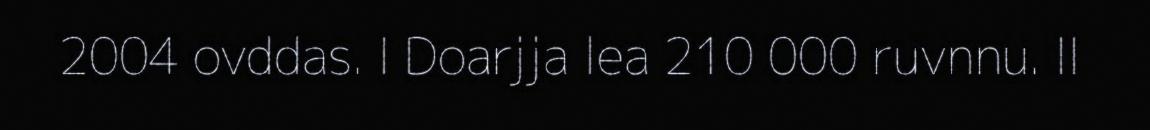
2004 ovddas. I Doarjja lea 210 000 ruvnnu. II